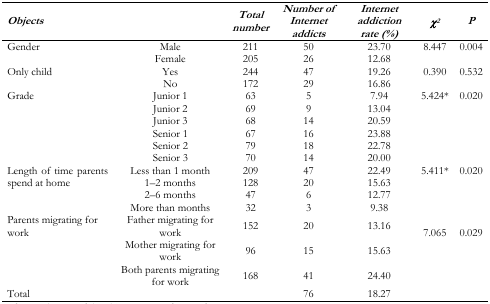
<table><thead><tr><td><b><i>Objects</i></b></td><td></td><td><b><i>Total number</i></b></td><td><b><i>Number of Internet addicts</i></b></td><td><b><i>Internet addiction rate (%)</i></b></td><td><b><i>χ<sup>2</sup></i></b></td><td><b><i>P</i></b></td></tr></thead><tbody><tr><td rowspan="2">Gender</td><td>Male</td><td>211</td><td>50</td><td>23.70</td><td rowspan="2">8.447</td><td rowspan="2">0.004</td></tr><tr><td>Female</td><td>205</td><td>26</td><td>12.68</td></tr><tr><td rowspan="2">Only child</td><td>Yes</td><td>244</td><td>47</td><td>19.26</td><td rowspan="2">0.390</td><td rowspan="2">0.532</td></tr><tr><td>No</td><td>172</td><td>29</td><td>16.86</td></tr><tr><td rowspan="6">Grade</td><td>Junior 1</td><td>63</td><td>5</td><td>7.94</td><td rowspan="6">5.424<sup>*</sup></td><td rowspan="6">0.020</td></tr><tr><td>Junior 2</td><td>69</td><td>9</td><td>13.04</td></tr><tr><td>Junior 3</td><td>68</td><td>14</td><td>20.59</td></tr><tr><td>Senior 1</td><td>67</td><td>16</td><td>23.88</td></tr><tr><td>Senior 2</td><td>79</td><td>18</td><td>22.78</td></tr><tr><td>Senior 3</td><td>70</td><td>14</td><td>20.00</td></tr><tr><td rowspan="4">Length of time parents spend at home</td><td>Less than 1 month</td><td>209</td><td>47</td><td>22.49</td><td rowspan="4">5.411<sup>*</sup></td><td rowspan="4">0.020</td></tr><tr><td>1–2 months</td><td>128</td><td>20</td><td>15.63</td></tr><tr><td>2–6 months</td><td>47</td><td>6</td><td>12.77</td></tr><tr><td>More than months</td><td>32</td><td>3</td><td>9.38</td></tr><tr><td rowspan="3">Parents migrating for work</td><td>Father migrating for work</td><td>152</td><td>20</td><td>13.16</td><td rowspan="3">7.065</td><td rowspan="3">0.029</td></tr><tr><td>Mother migrating for work</td><td>96</td><td>15</td><td>15.63</td></tr><tr><td>Both parents migrating for work</td><td>168</td><td>41</td><td>24.40</td></tr><tr><td>Total</td><td></td><td></td><td>76</td><td>18.27</td><td></td><td></td></tr></tbody></table>